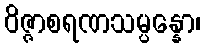
ဝိဇ္ဇာစရဏသမ္ပန္နော၊